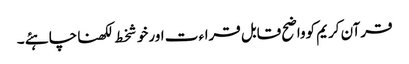
قرآن کریم کوواضح قابل قراء ت اورخوشخط لکھناچاہئے ۔